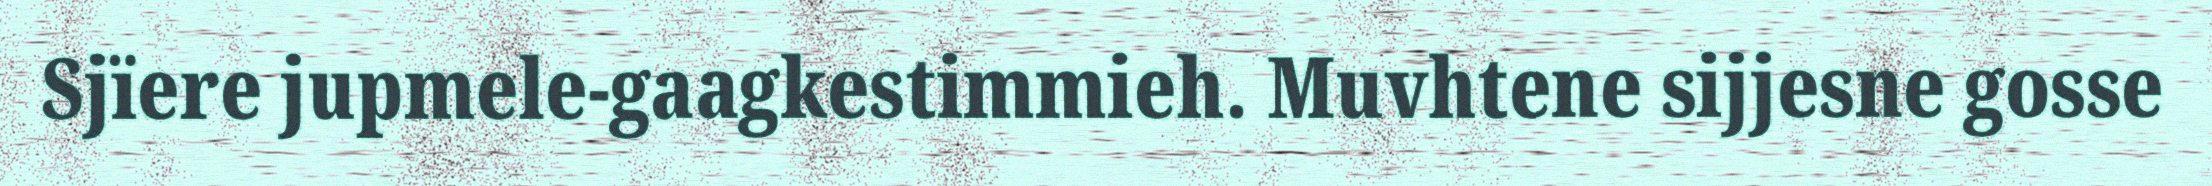
Sjïere jupmele-gaagkestimmieh. Muvhtene sijjesne gosse